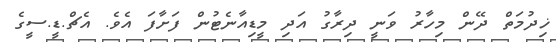
ޚިދުމަތް ދޭން މިހާރު ވަނީ ދިރާގު އަދި މީޑިއާނެޓުން ފަށާފަ އެވެ. އެޗް.ޑީ.ސީގެ